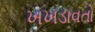
ખખડાવતો